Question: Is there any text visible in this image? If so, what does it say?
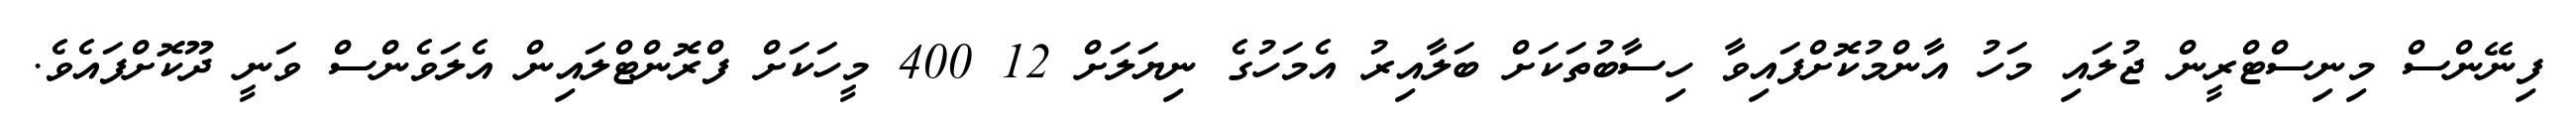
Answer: ފިނޭންސް މިނިސްޓްރީން ޖުލައި މަހު އާންމުކޮށްފައިވާ ހިސާބުތަކަށް ބަލާއިރު އެމަހުގެ ނިޔަލަށް 12 400 މީހަކަށް ފްރޮންޓްލައިން އެލަވެންސް ވަނީ ދޫކޮށްފައެވެ.